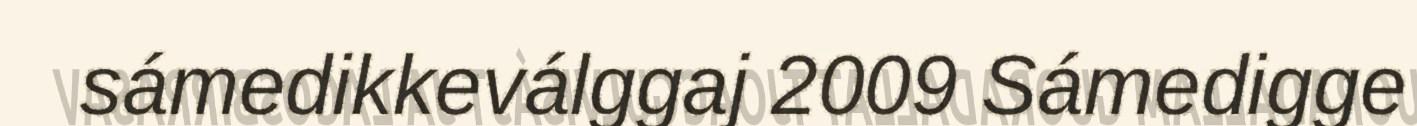
sámedikkeválggaj 2009 Sámedigge